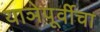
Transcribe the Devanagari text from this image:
याञेपूर्वीचा